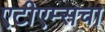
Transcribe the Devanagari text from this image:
एटीएम्सचा